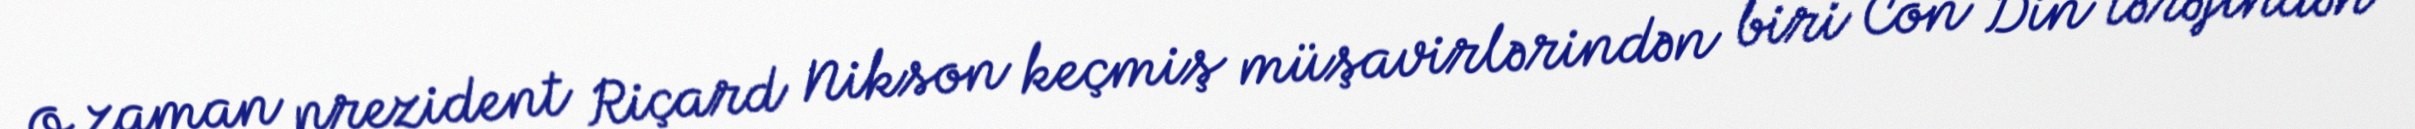
O zaman prezident Riçard Nikson keçmiş müşavirlərindən biri Con Din tərəfindən